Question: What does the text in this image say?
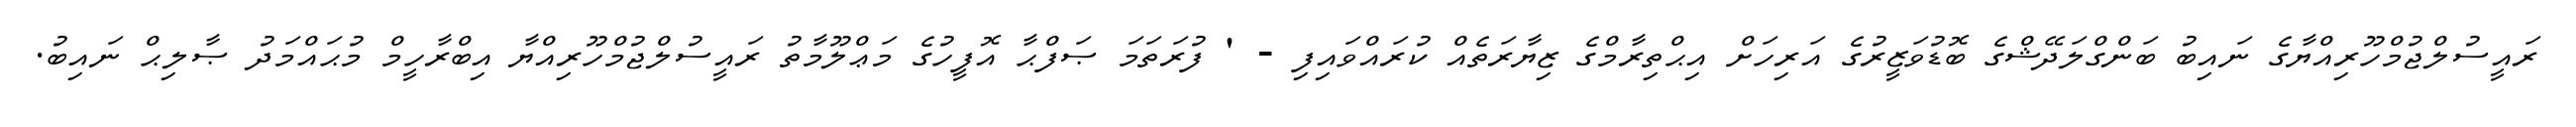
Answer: ރައީސުލްޖުމްހޫރިއްޔާގެ ނައިބު ބަންގްލަދޭޝްގެ ބޮޑުވަޒީރުގެ އަރިހަށް އިޙްތިރާމްގެ ޒިޔާރަތެއް ކުރައްވައިފި - ' ފުރަތަމަ ޞަފްޙާ އޮފީހުގެ މަޢްލޫމާތު ރައީސުލްޖުމްހޫރިއްޔާ އިބްރާހީމް މުޙައްމަދު ޞާލިޙް ނައިބު.